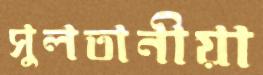
সুলতানীয়া